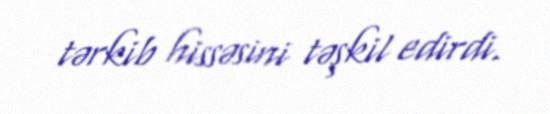
tərkib hissəsini təşkil edirdi.